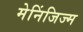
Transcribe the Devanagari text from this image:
मेनिंजिज्म